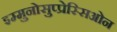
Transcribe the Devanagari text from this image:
इम्मुनोसुप्प्रेस्सिओन